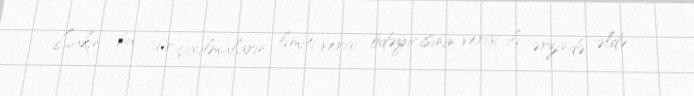
Lakin bu cür çıxılmaların limiti vergi ödəyicisinin vergi ili ərzində əldə